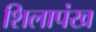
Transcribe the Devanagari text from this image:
शिलापंख